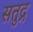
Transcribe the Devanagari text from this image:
सतुद्र